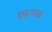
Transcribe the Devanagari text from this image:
इंकच्या